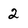
Character: 2